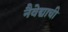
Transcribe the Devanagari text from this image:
नैवेद्याची